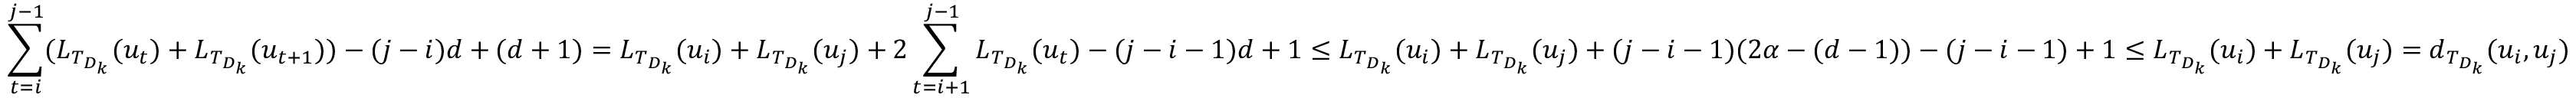
\sum _ { t = i } ^ { j - 1 } ( L _ { T _ { D _ { k } } } ( u _ { t } ) + L _ { T _ { D _ { k } } } ( u _ { t + 1 } ) ) - ( j - i ) d + ( d + 1 ) = L _ { T _ { D _ { k } } } ( u _ { i } ) + L _ { T _ { D _ { k } } } ( u _ { j } ) + 2 \sum _ { t = i + 1 } ^ { j - 1 } L _ { T _ { D _ { k } } } ( u _ { t } ) - ( j - i - 1 ) d + 1 \leq L _ { T _ { D _ { k } } } ( u _ { i } ) + L _ { T _ { D _ { k } } } ( u _ { j } ) + ( j - i - 1 ) ( 2 \alpha - ( d - 1 ) ) - ( j - i - 1 ) + 1 \leq L _ { T _ { D _ { k } } } ( u _ { i } ) + L _ { T _ { D _ { k } } } ( u _ { j } ) = d _ { T _ { D _ { k } } } ( u _ { i } , u _ { j } )